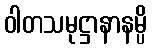
ဝါတသမုဋ္ဌာနာနမ္ပိ